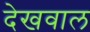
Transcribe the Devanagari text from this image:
देखवाल